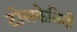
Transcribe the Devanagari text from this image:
टोसकेनिनी